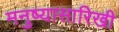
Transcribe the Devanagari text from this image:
मनुष्यासारिखी